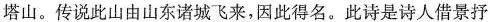
塔山。传说此山由山东诸城飞来，因此得名。此诗是诗人借景抒